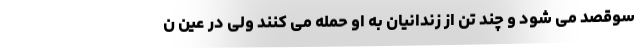
سوقصد می شود و چند تن از زندانیان به او حمله می کنند ولی در عین ن